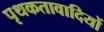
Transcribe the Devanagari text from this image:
पृथकतावादियों